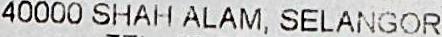
40000 SHAH ALAM, SELANGOR